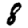
Digit: 8